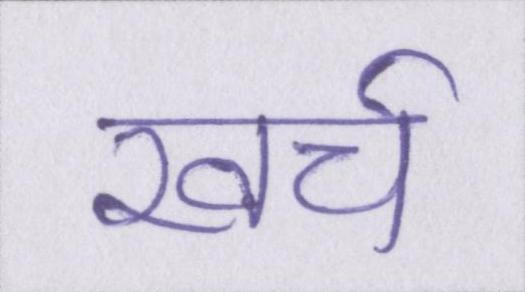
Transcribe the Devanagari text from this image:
खर्च